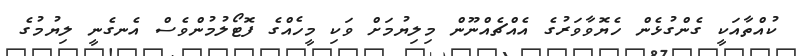
ކުއްތާއަކީ ގެންގުޅެން ހެޔޮވާވަރުގެ އެއްޗެއްނޫން މިލިޔުމަށް ވަކި މީހެއްގެ ފޮޓޯލުމުންވެސް އެނގެނީ ލިޔުމުގެ